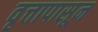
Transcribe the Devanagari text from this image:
वृत्तापासून